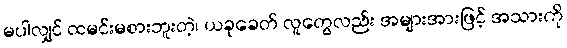
မပါလျှင် ထမင်းမစားဘူးတဲ့၊ ယခုခေတ် လူတွေလည်း အများအားဖြင့် အသားကို